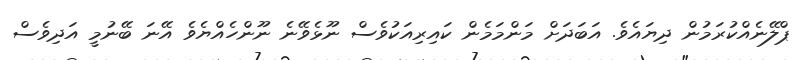
ޕްލޭނެއްކުރަމުން ދިޔައެވެ. އަބަދަށް މަންމަމެން ކައިރިއަކުވެސް ނޫޅެވޭނެ ނޫންހެއްޔެވެ އޭނަ ބޭނުމީ އަދިވެސް